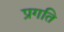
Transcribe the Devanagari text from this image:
प्रगति